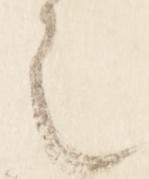
之